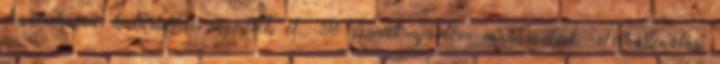
dinamikusan, határidőre végezték el. Jó szívvel ajánlom munkájukat. Felhasználási